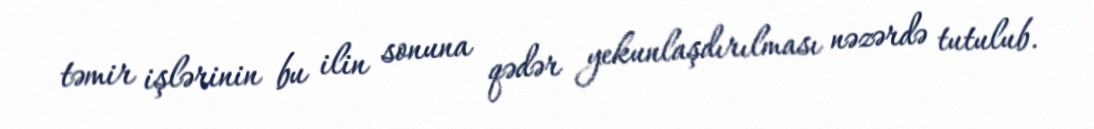
təmir işlərinin bu ilin sonuna qədər yekunlaşdırılması nəzərdə tutulub.